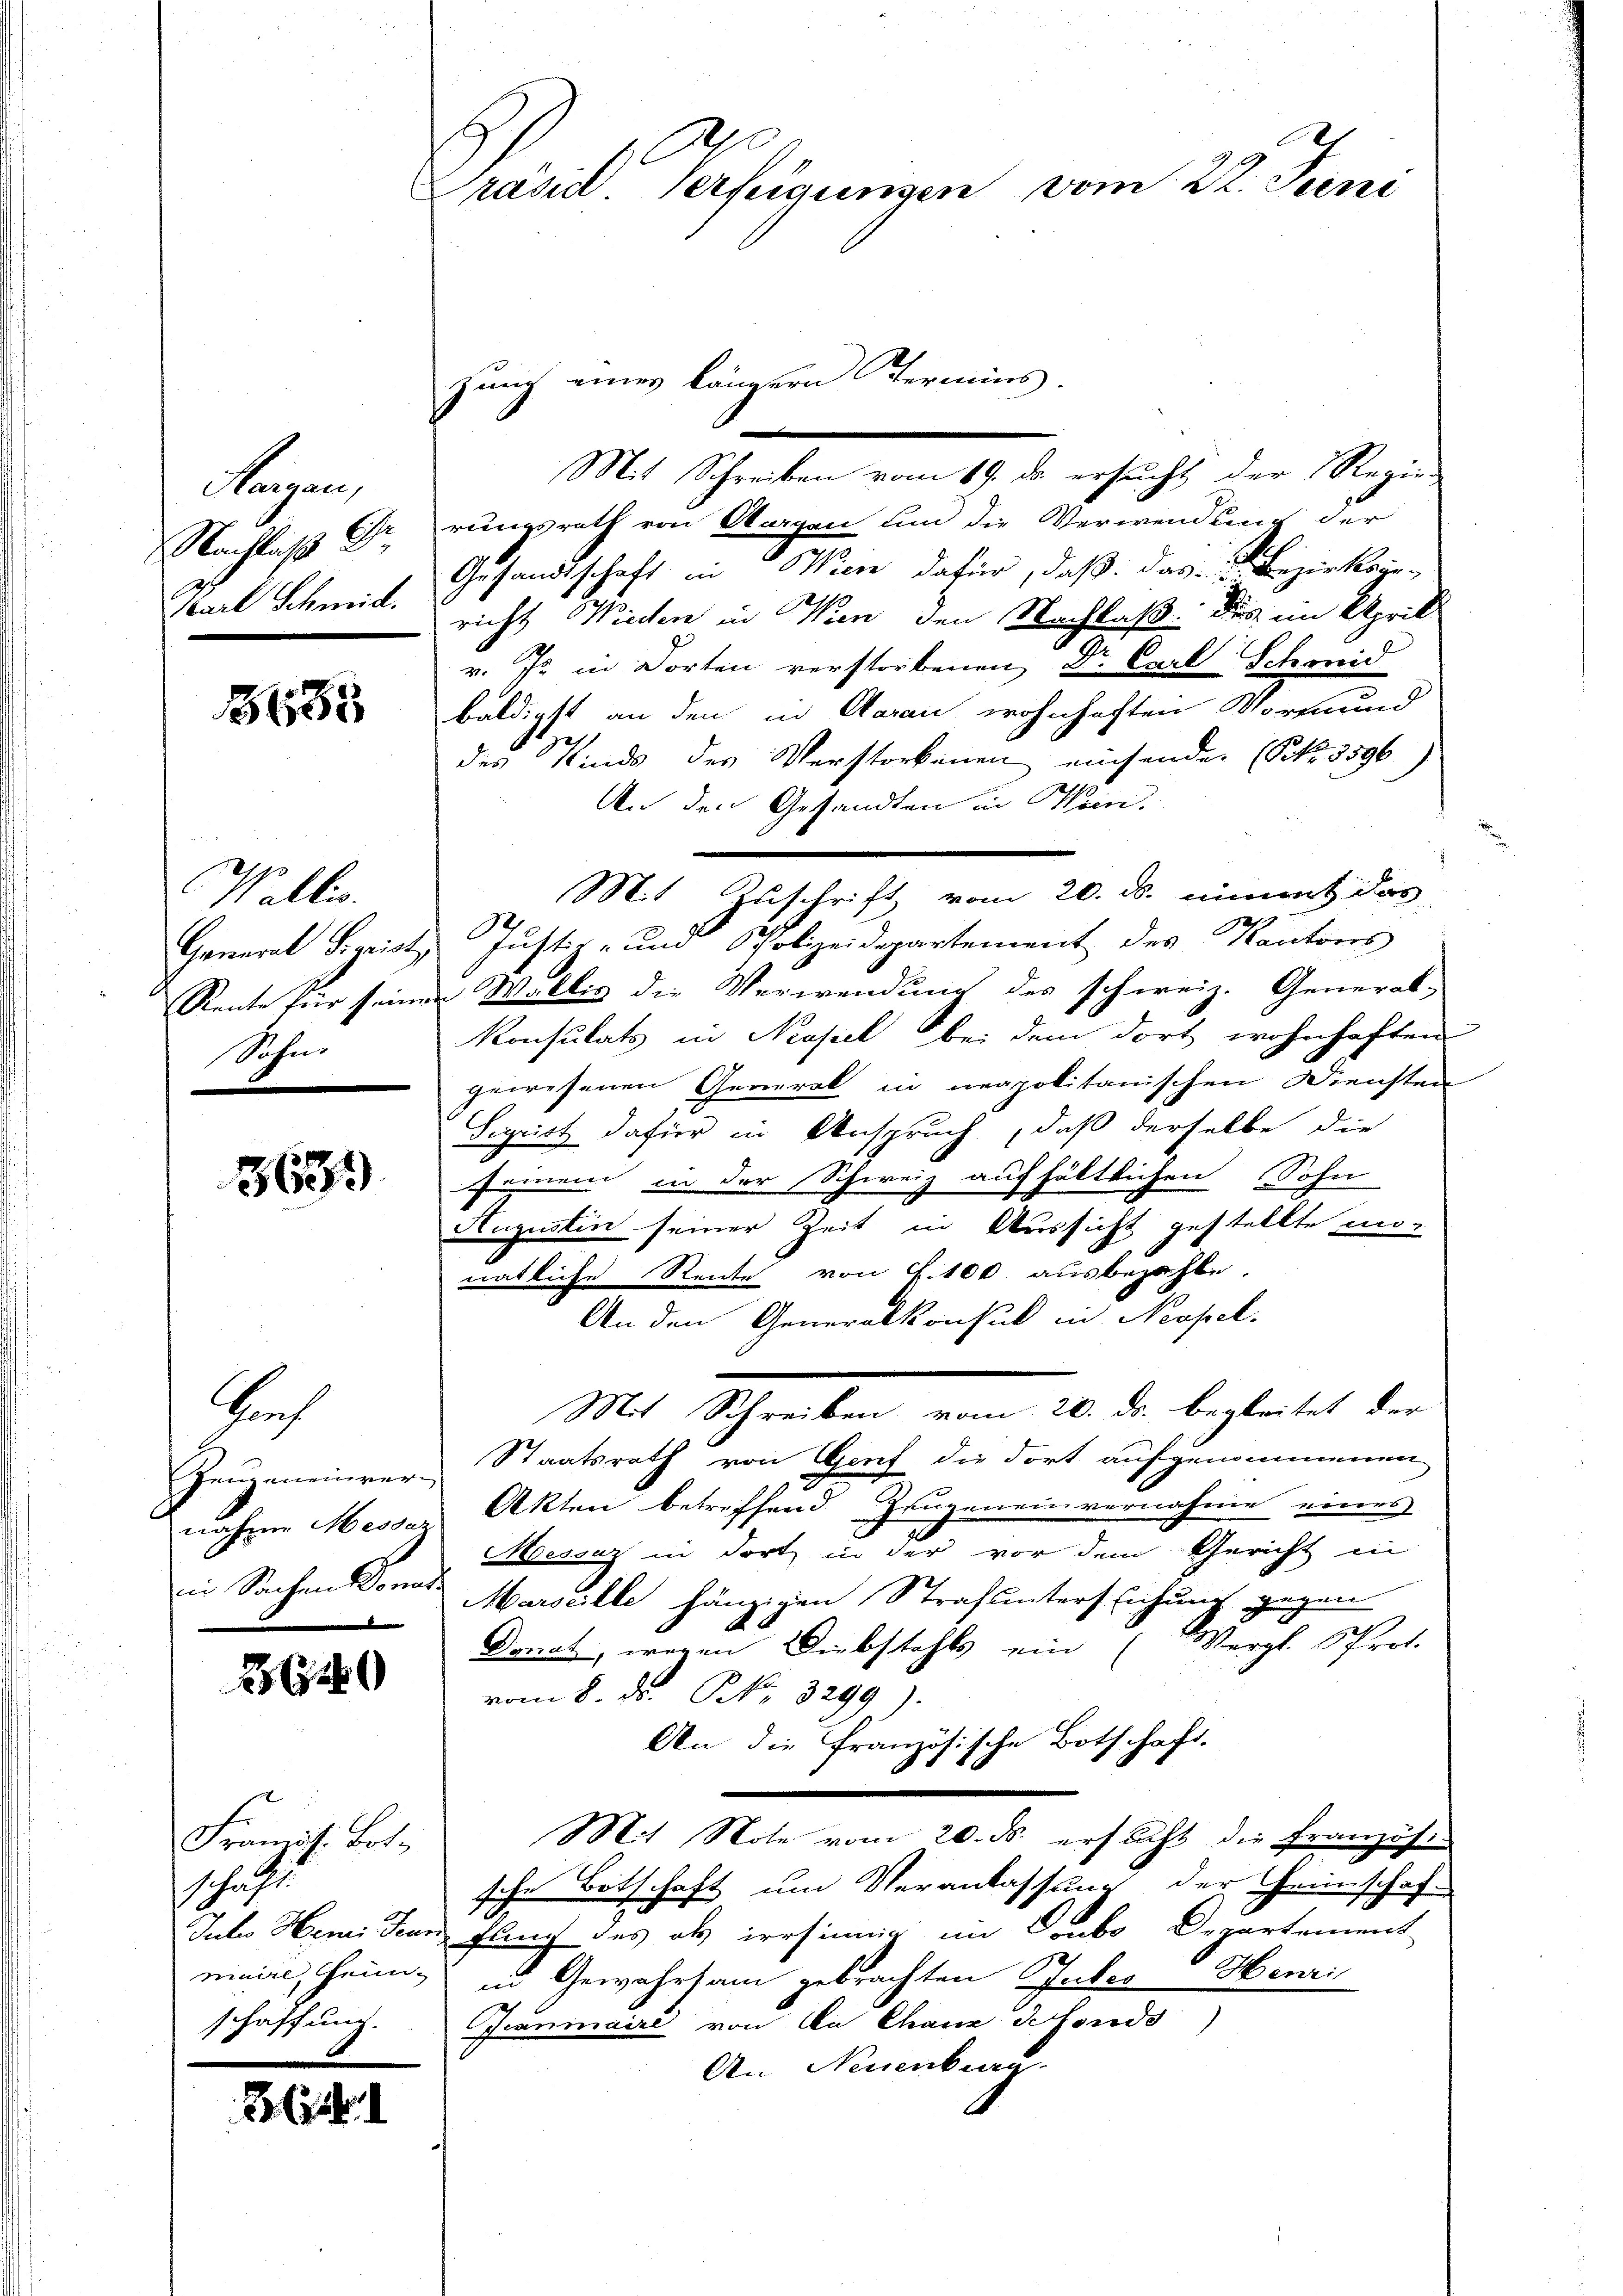
Hergan
Nachlaß d
Karl Schmid.

3185

Wallis.
Sohn.

365

in Sachen Donat

Sch

262

Französ. Botschaffe
schaffung.

85 (211

rässt. Verfeigungen vom 22. Juni
zung eines längern Termins.

Mit Schreiben vom 19. ds. ersucht der Regie-
rungsrath von Aargau um die Verwendung der
Gesandtschaft Wien dafür, daß das Bezirksgericht Wieden in Wien den Nachlaß dies im April
v. Js. in dorten verstorbenen Dr. Carl Schmid
baldigst an den in Aarau wohnhaften Wort und
des Kinds des Verstorbenen einsenden (S. 3596)
An den Gesandten in Wein.
Mit Zuschrift vom 20. ds. nimmt das
Generat Sigrist, Justiz- und Polizeidepartement des Kantons
Rente für seiner Wallis die Verwendung des schweiz. General-
Konsulats in Neapel bei dem dort wohnhaften
gewesenen Gemrak in neapolitanischen Diensten
Sigrist dafür in Anspruch, daß derselbe die
seinem in der Schweiz aufhältlichen Sohn
Augustin seiner Zeit in Aussicht gestellte in-
natliche Rente von S. 100 ausbezahle.
An den Generalkonsul in Neapel.
Mit Schreiben vom 20. ds. begleitet der
Zeugeneinrer Staatsrath von Greif die dort aufgenommenen
nahme es Akten betreffend Zeugenein vernahme eines
Moessaz in dort in der vor dem Gericht in
Marseille hängigen Strafunters Eichung gegen
Donat, wegen Diebstahls ein (Vergl. Prot.
vom 8. ds. Pr. 3299).
An die französische Botschaft.
.
Mit Note vom 20. ds. ersucht die Französi-
sche Botschaft um Veranlassung der Grinschaft
Jutes Heriden fling des als irrsinnig im Coubo Departement
maire, heim, in Gewahrsam gebrachten Gutes Henri
Jeaninaire von An Chanz Pfonds
An Neuenburg.